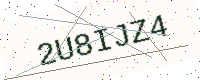
Text: 2U8IJZ4